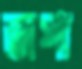
জপা